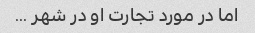
اما در مورد تجارت او در شهر ...